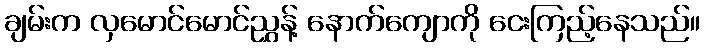
ချမ်းက လှမောင်မောင်ညွှန့် နောက်ကျောကို ငေးကြည့်နေသည်။